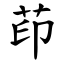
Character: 茚